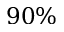
9 0 \%